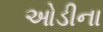
ઓડીના